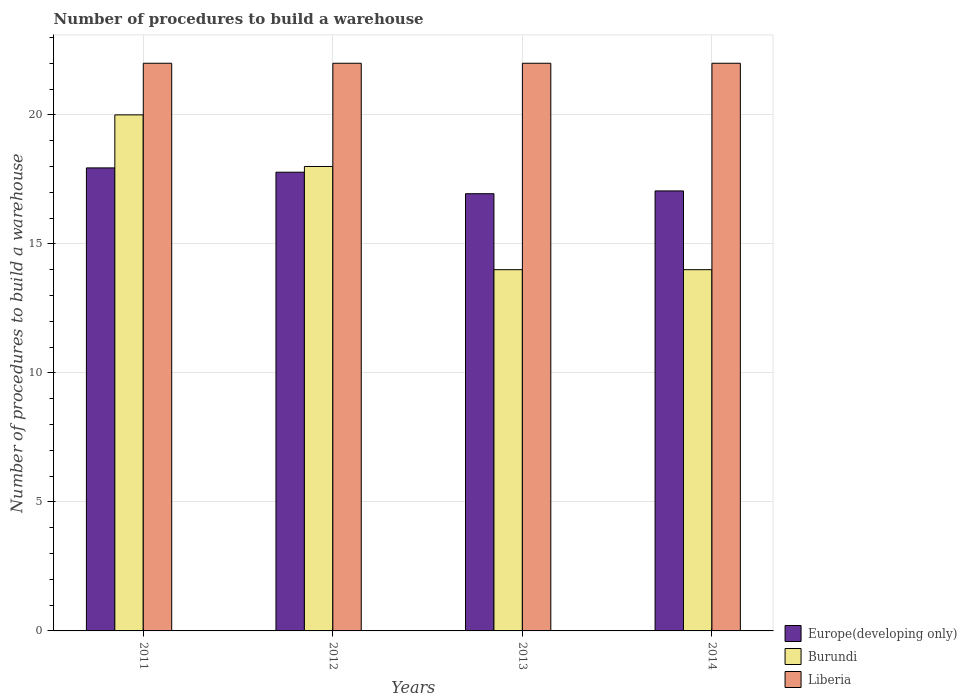
| Years | Europe(developing only) | Burundi | Liberia |
 | --- | --- | --- | --- |
 | 2011 | 17.9 | 20 | 22 |
 | 2012 | 17.8 | 18 | 22 |
 | 2013 | 16.9 | 14 | 22 |
 | 2014 | 17.1 | 14 | 22 |